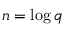
n = \log { q }